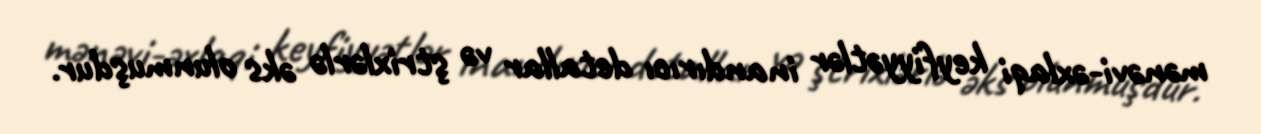
mənəvi-əxlaqi keyfiyyətlər inandırıcı detallar və ştrixlərlə əks olunmuşdur.